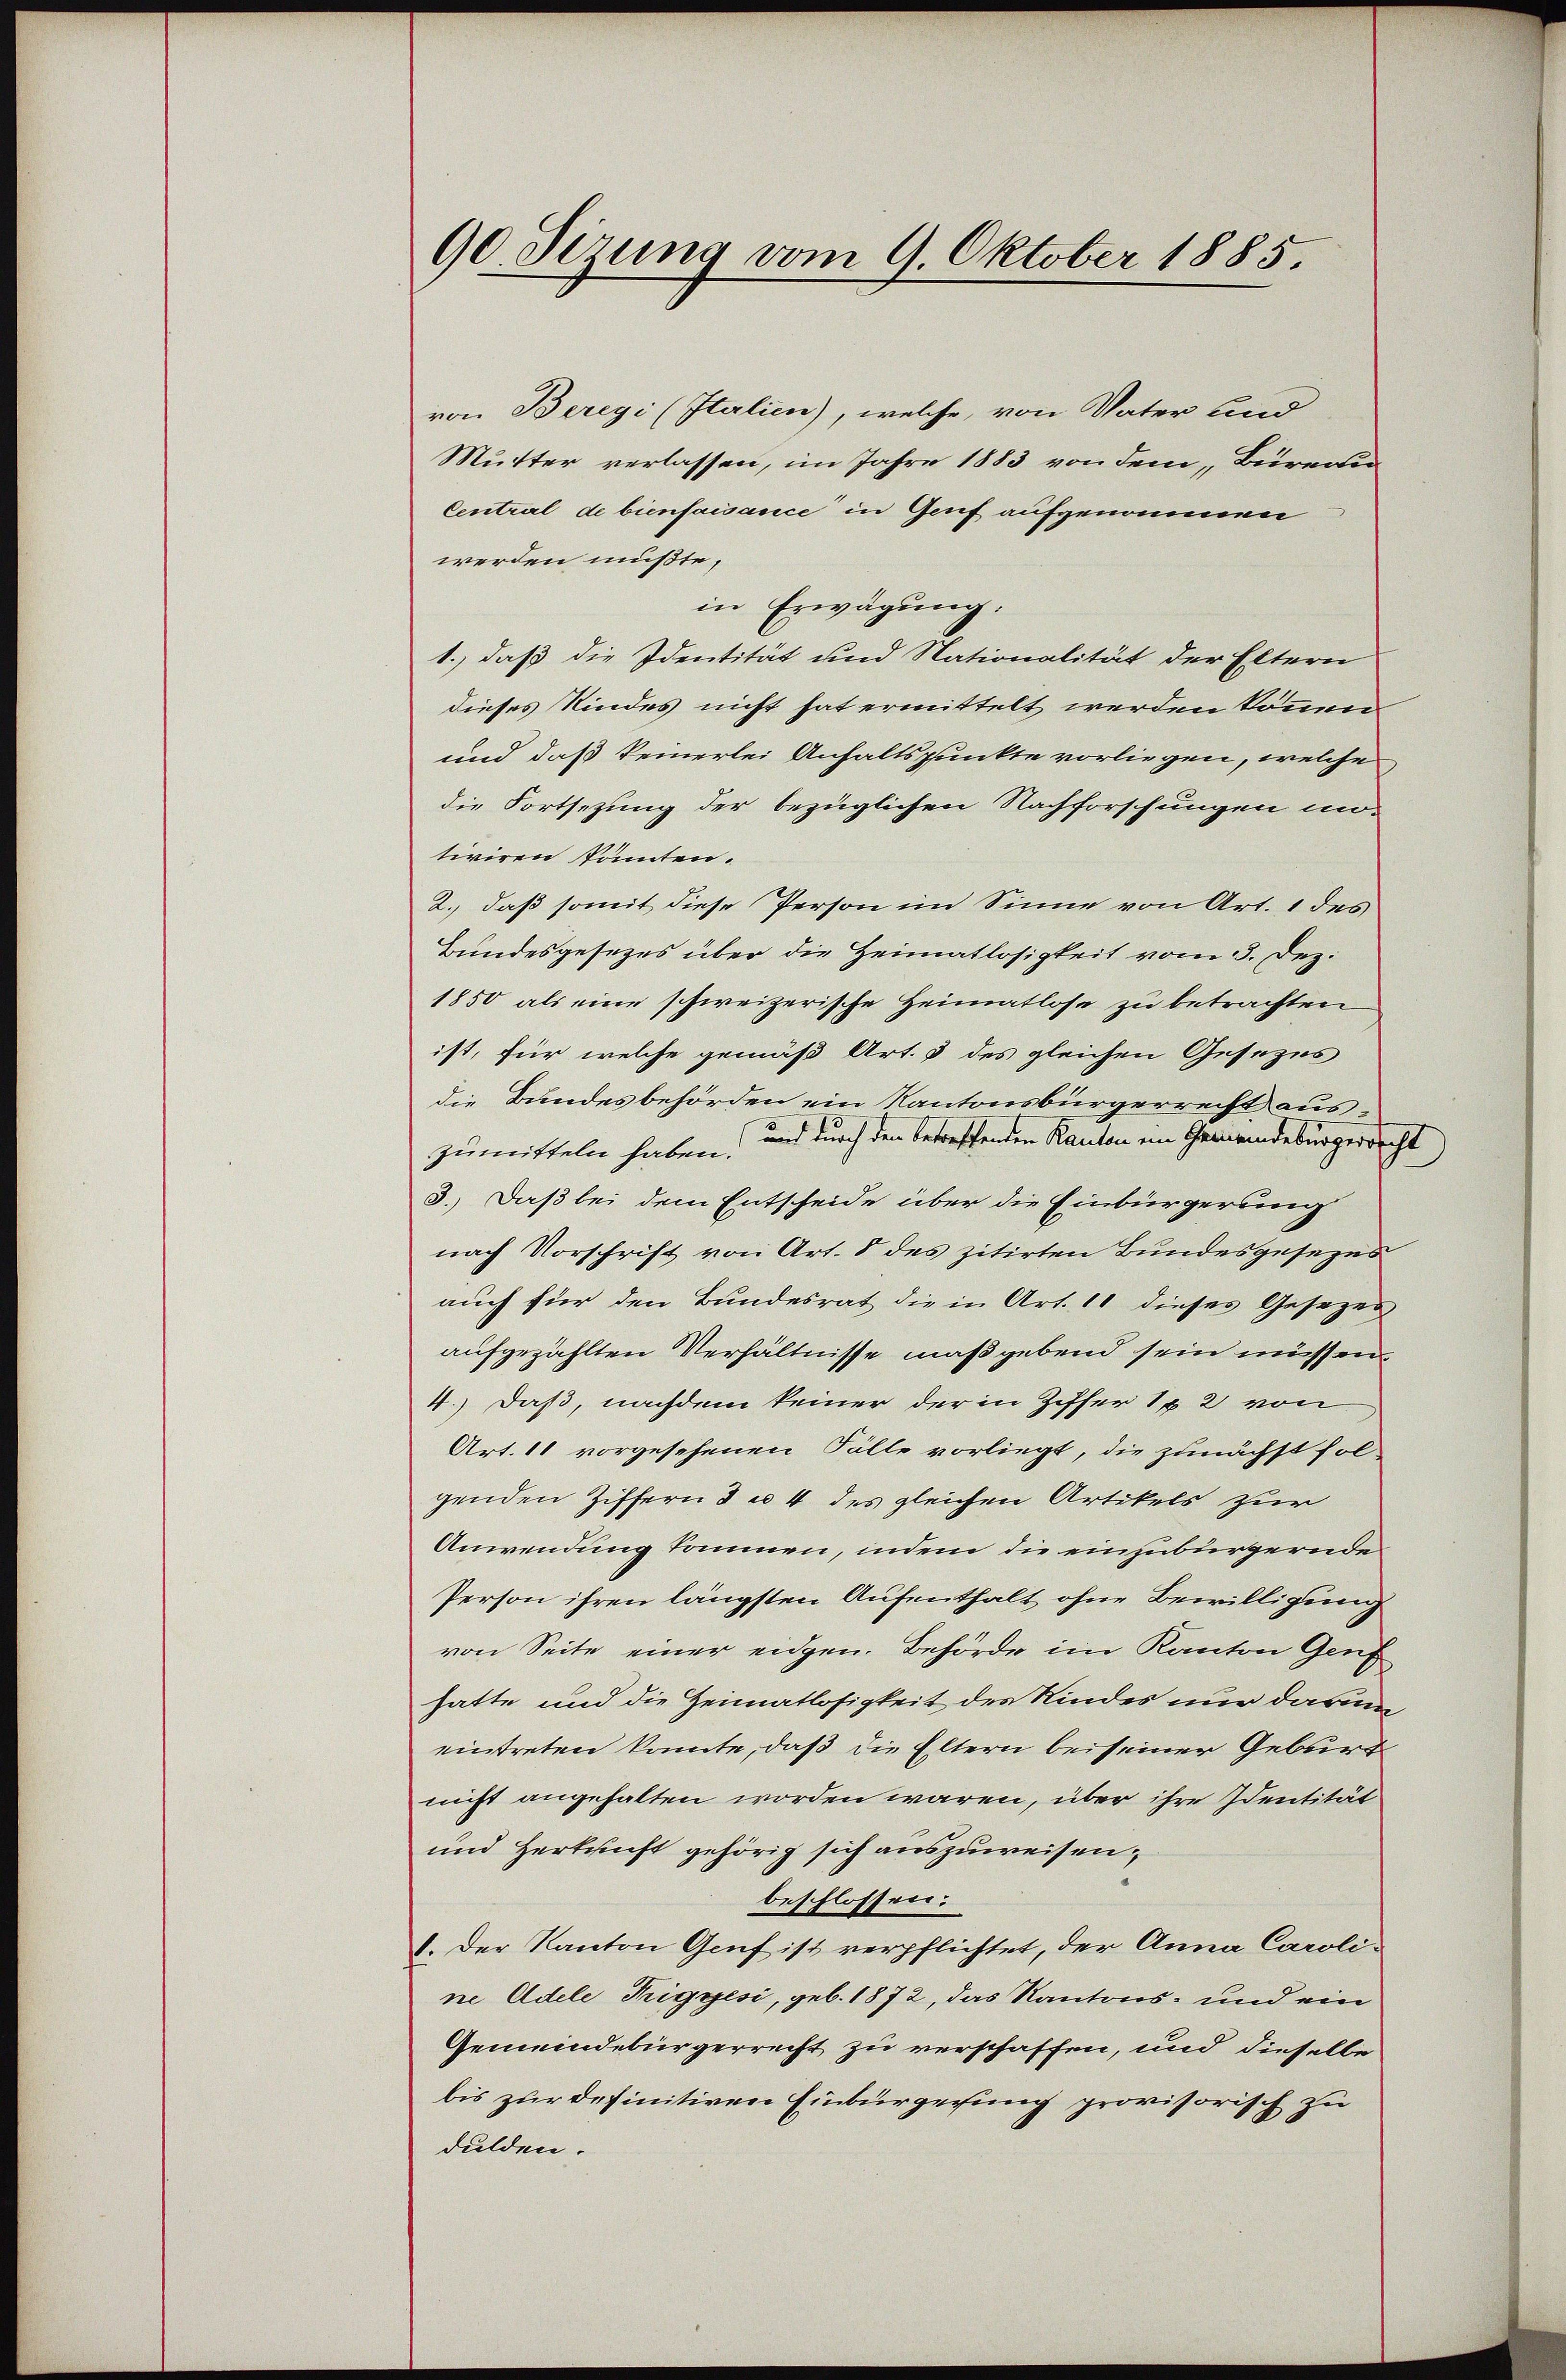
90. Sizung vom 9. Oktober 1885.

von Beregi (Italien), welche, von Vater und
Mutter verlassen, im Jahre 1883 von dem Bürerle
Central de bienfaisance in Genf aufgenommen
werden müßte,
in Erwägung.
1., daß die Identität und Nationalität der Eltern
dieses Kindes nicht hat ermittelt werden können
und daß keinerlei Anhaltspunkte vorliegen, welche
die Fortsezung der bezüglichen Nachforschungen un-
tiviren könnten.
2. daß somit diese Person im Sinne von Art. 1 des
Bundesgesezes über die Heimatlosigkeit vom 3. Dez.
1850 als eine schweizerische Heimatlose zu betrachten
ist, für welche gemäß Art. 3 des gleichen Gesezes
die Bundesbehörden ein Kantonsbürgerrecht auszumitteln haben, und durch den betreffenden Kanton im Gemeindebürgerrecht
3.) Daß bei dem Entscheide über die Einbürgerung
nach Vorschrift von Art. 8 des zitirten Bundesgesezes
auch für den Bundesrat die in Art. 11 dieses Gesezes
aufgezählten Verhältnisse maßgebend sein müssen.
4.) Daß, nachdem keiner der in Ziffer 12 von
Art. 11 vorgesehenen Fälle vorliegt, die zunächst fol-
genden Ziffern 3 u. 4 des gleichen Artikels zur
Anwendung kommen, indem die einzubürgernde
Person ihren längsten Aufenthalt ohne Bewilligung
von Seite einer eidgen. Behörde im Kanton Genf
hatte und die Heimatlosigkeit des Kindes nur darum
eintreten konnte, daß die Eltern bei seiner Geburt
nicht angehalten worden wären, über ihre Identität
und Herkunft gehörig sich auszuweisen,
beschlossen:
1. Der Kanton Genf ist verpflichtet, der Anna Caroline Adele Trigyesi, geb. 1872, das Kantons- und ein
Gemeindebürgerrecht zu verschaffen, und dieselbe
bis zur definitiven Einbürgerung provisorisch zu
dulden.